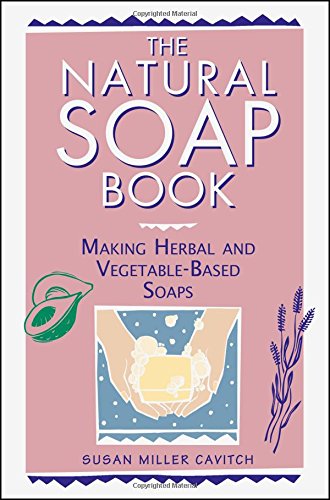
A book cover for The Natural Soap Book: Making Herbal and Vegetable-Based Soaps; Susan Miller Cavitch; Engineering & Transportation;